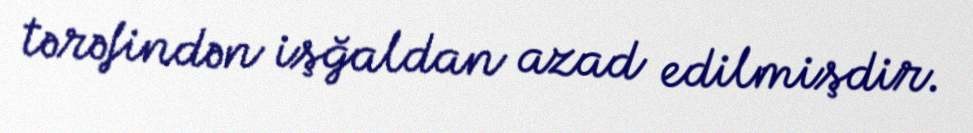
tərəfindən işğaldan azad edilmişdir.